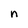
Character: n